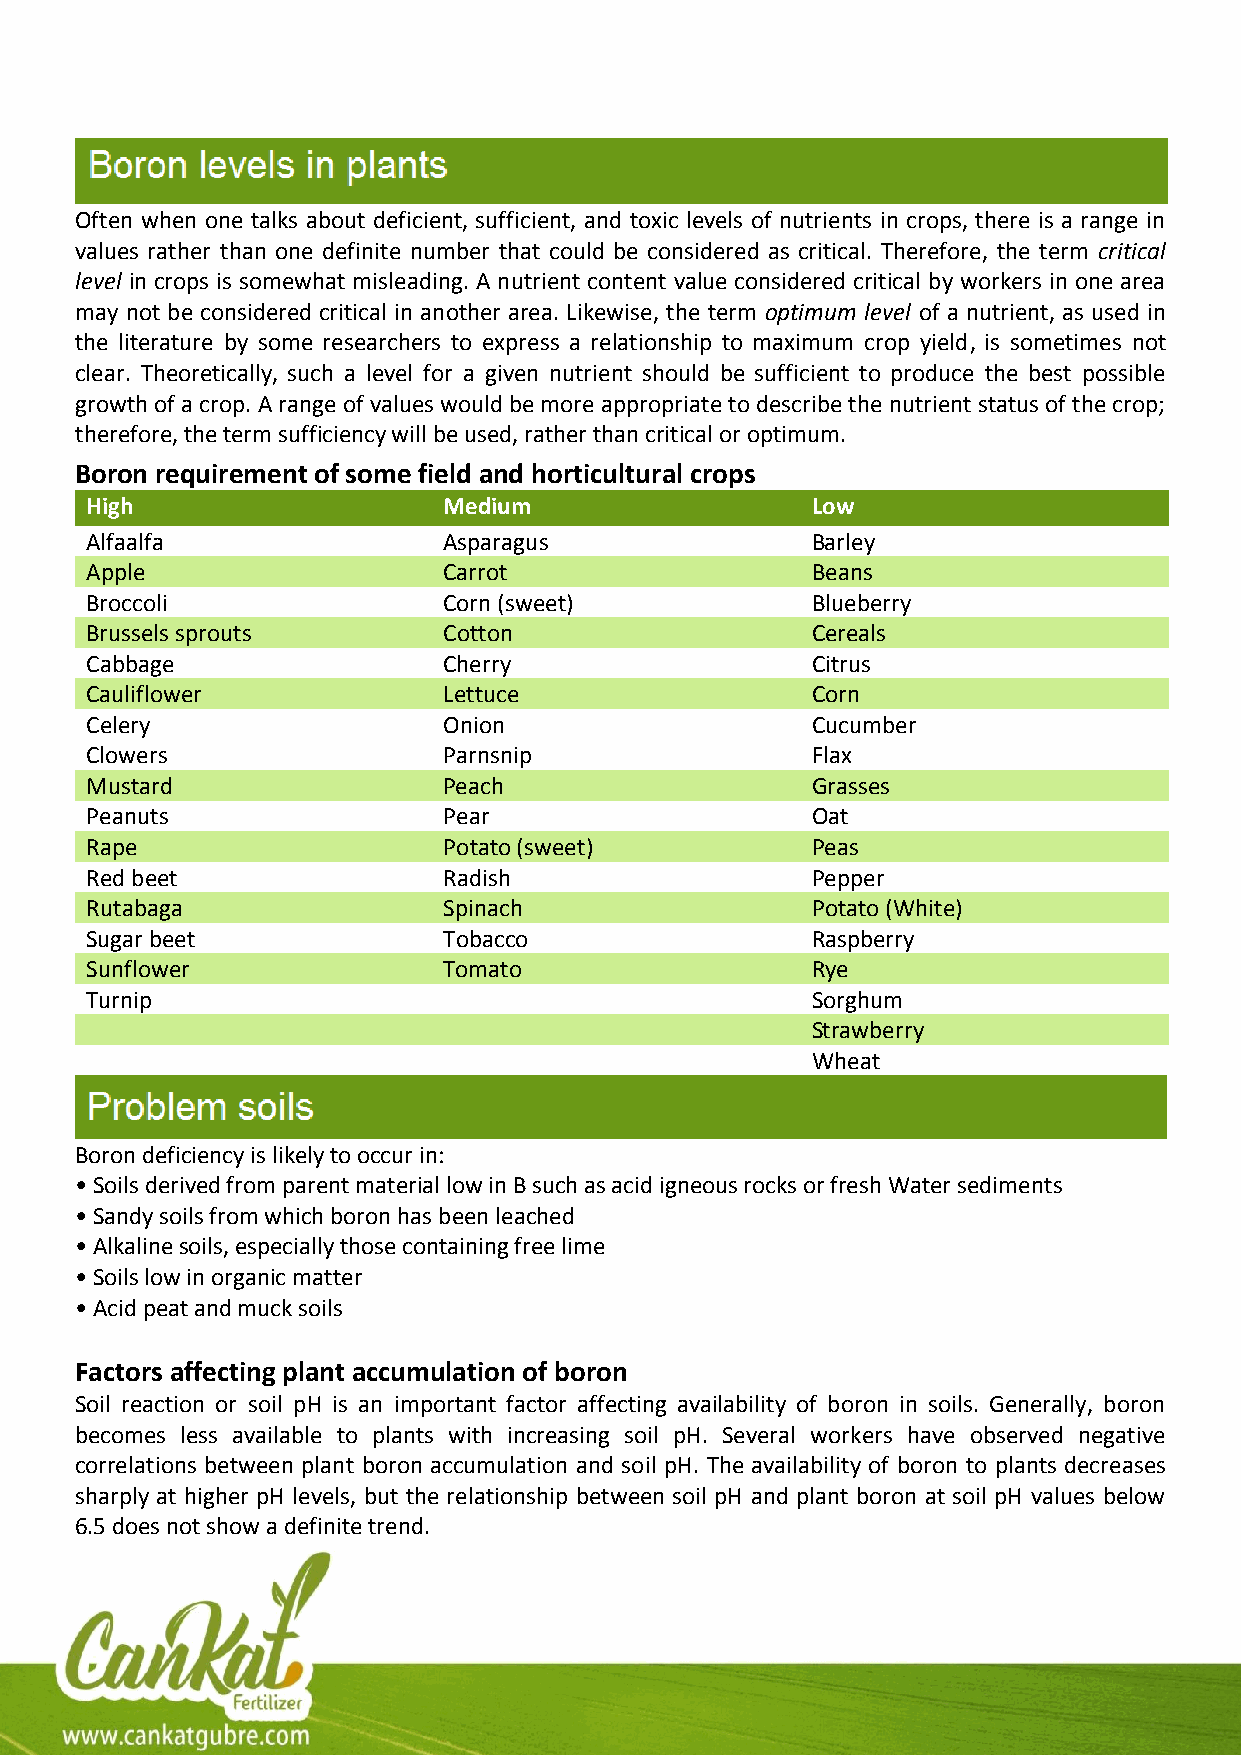
Often when one talks about deficient, sufficient, and toxic levels of nutrients in crops, there is a range in
 values rather than one definite number that could be considered as critical. Therefore, the term critical
 level in crops is somewhat misleading. A nutrient content value considered critical by workers in one area
 may not be considered critical in another area. Likewise, the term optimum level of a nutrient, as used in
 the literature by some researchers to express a relationship to maximum crop yield, is sometimes not
 clear. Theoretically, such a level for a given nutrient should be sufficient to produce the best possible
 growth of a crop. A range of values would be more appropriate to describe the nutrient status of the crop;
 therefore, the term sufficiency will be used, rather than critical or optimum.
 Boron requirement of some field and horticultural crops
 High                   Medium                   Low
 Alfaalfa               Asparagus                Barley
 Apple                  Carrot                   Beans
 Broccoli               Corn (sweet)             Blueberry
 Brussels sprouts       Cotton                   Cereals
 Cabbage                Cherry                   Citrus
 Cauliflower            Lettuce                  Corn
 Celery                 Onion                    Cucumber
 Clowers                Parnsnip                 Flax
 Mustard                Peach                    Grasses
 Peanuts                Pear                     Oat
 Rape                   Potato (sweet)           Peas
 Red beet               Radish                   Pepper
 Rutabaga               Spinach                  Potato (White)
 Sugar beet             Tobacco                  Raspberry
 Sunflower              Tomato                   Rye
 Turnip                                          Sorghum
 Strawberry
 Wheat
 Boron deficiency is likely to occur in:
 • Soils derived from parent material low in B such as acid igneous rocks or fresh Water sediments
 • Sandy soils from which boron has been leached
 • Alkaline soils, especially those containing free lime
 • Soils low in organic matter
 • Acid peat and muck soils
 Factors affecting plant accumulation of boron
 Soil reaction or soil pH is an important factor affecting availability of boron in soils. Generally, boron
 becomes less available to plants with increasing soil pH. Several workers have observed negative
 correlations between plant boron accumulation and soil pH. The availability of boron to plants decreases
 sharply at higher pH levels, but the relationship between soil pH and plant boron at soil pH values below
 6.5 does not show a definite trend.